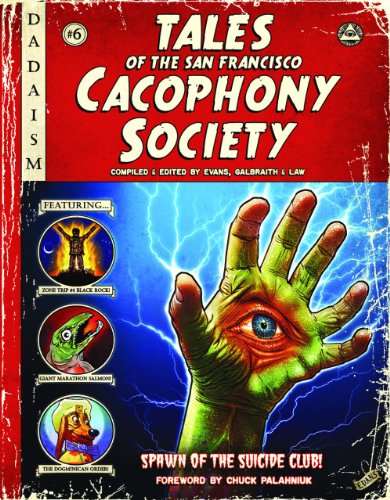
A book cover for Tales of the San Francisco Cacophony Society; Carrie Galbraith; Arts & Photography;